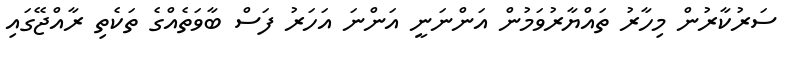
ސަރުކާރުން މިހާރު ތައްޔާރުވަމުން އަންނަނީ އަންނަ އަހަރު ފަސް ބާވަތެއްގެ ތަކެތި ރާއްޖޭގައި